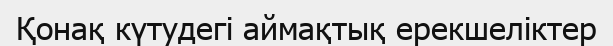
Қонақ күтудегі аймақтық ерекшеліктер